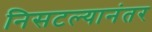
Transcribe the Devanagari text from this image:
निसटल्यानंतर